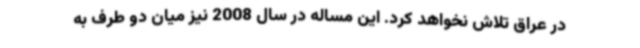
در عراق تلاش نخواهد کرد. این مساله در سال 2008 نیز میان دو طرف به